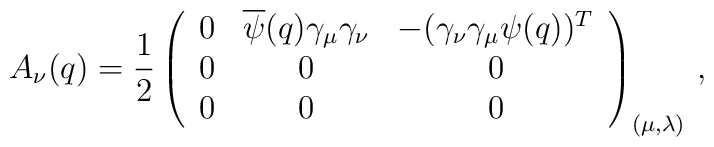
A_\nu(q) = \frac{1}{2}\left( \begin{array}{ccc} 0 & \overline\psi(q) \gamma_\mu\gamma_\nu& -(\gamma_\nu \gamma_\mu \psi(q))^T \\0 & 0 & 0 \\0 & 0 & 0 \end{array}\right)_{(\mu,\lambda)} \, ,